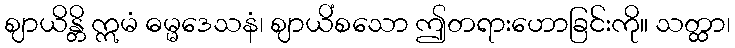
ဈာယိန္တိ ဣမံ ဓမ္မဒေသနံ၊ ဈာယိံစသော ဤတရားဟောခြင်းကို။ သတ္ထာ၊